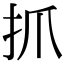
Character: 抓